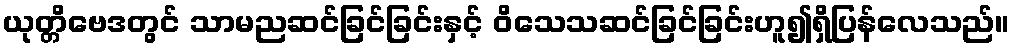
ယုတ္တိဗေဒတွင် သာမညဆင်ခြင်ခြင်းနှင့် ဝိသေသဆင်ခြင်ခြင်းဟူ၍ရှိပြန်လေသည်။